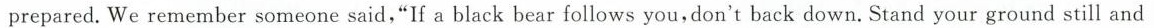
prepared.We remember someone said，"If a black bear follows you,don't back down. Stand your ground still and